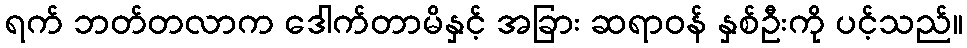
ရက် ဘတ်တလာက ဒေါက်တာမိနှင့် အခြား ဆရာဝန် နှစ်ဦးကို ပင့်သည်။